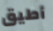
أطيق